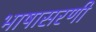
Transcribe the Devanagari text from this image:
भाषासरणी